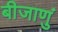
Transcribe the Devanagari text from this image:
बीजाणुं